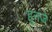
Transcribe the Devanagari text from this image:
हुनजे